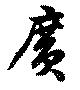
広